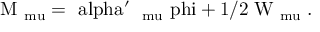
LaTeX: \mathrm { M _ { \ m u } = \ a l p h a ^ { \prime } \partial _ { \ m u } \ p h i + 1 / 2 \; W _ { \ m u } \; . }